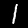
Digit: 1